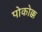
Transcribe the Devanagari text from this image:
पोकोक्क